Language: tamil
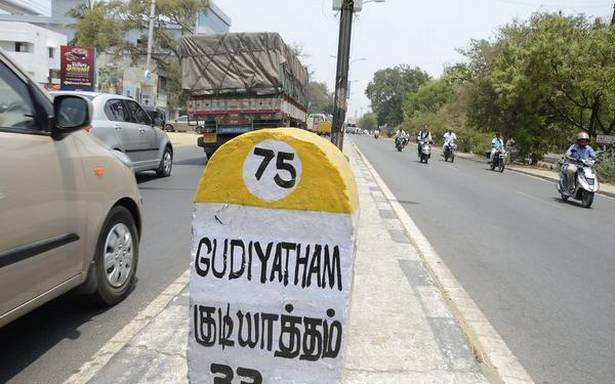
Transcription: குடியாத்தம்